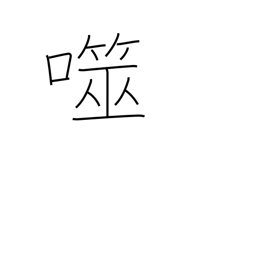
Meaning: bite